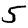
Digit: 5